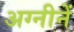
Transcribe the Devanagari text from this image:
अग्नीनें